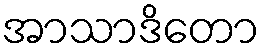
အာသာဒိတော